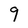
Character: 9